Lunatic asylums Central Provinces reports 1886-1894 - 1886-1894
Year: 1886
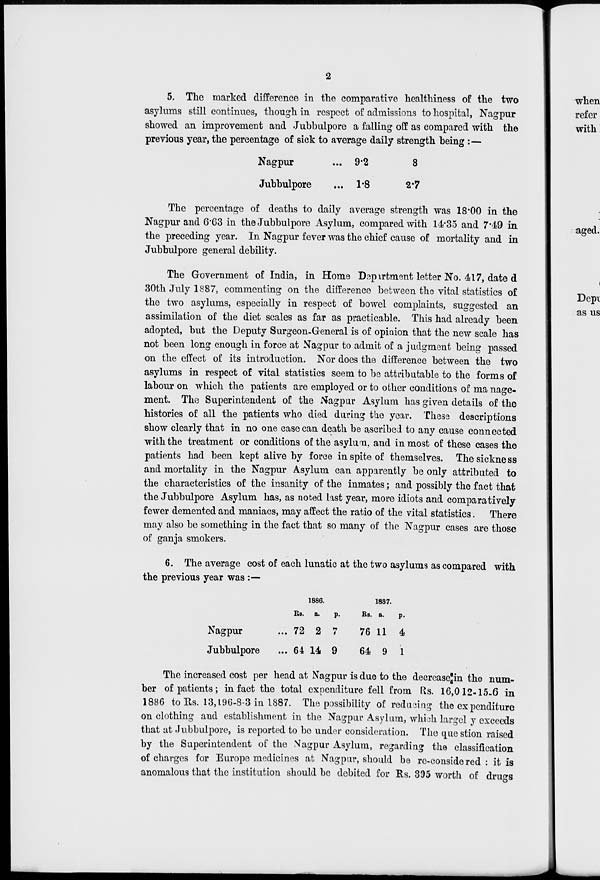
2
5. The marked difference in the comparative healthiness of the two
asylums still continues, though in respect of admissions to hospital, Nagpur
showed an improvement and Jubbulpore a falling off as compared with the
previous year, the percentage of sick to average daily strength being :—
Nagpur ...
Jubbulpore ...
9.2
1.8
8
2.7
The percentage of deaths to daily average strength was 18.00 in the
Nagpur and 6.63 in the Jubbulpore Asylum, compared with 14.35 and 7.49 in
the preceding year. In Nagpur fever was the chief cause of mortality and in
Jubbulpore general debility.
The Government of India, in Home Department letter No. 417, date d
30th July 1887, commenting on the difference between the vital statistics of
the two asylums, especially in respect of bowel complaints, suggested an
assimilation of the diet scales as far as practicable. This had already been
adopted, but the Deputy Surgeon-General is of opinion that the new scale has
not been long enough in force at Nagpur to admit of a judgment being passed
on the effect of its introduction. Nor does the difference between the two
asylums in respect of vital statistics seem to be attributable to the forms of
labour on which the patients are employed or to other conditions of manage¬
ment. The Superintendent of the Nagpur Asylum has given details of the
histories of all the patients who died during the year. These descriptions
show clearly that in no one case can death be ascribed to any cause connected
with the treatment or conditions of the asylum, and in most of these cases the
patients had been kept alive by force in spite of themselves. The sickness
and mortality in the Nagpur Asylum can apparently be only attributed to
the characteristics of the insanity of the inmates; and possibly the fact that
the Jubbulpore Asylum has, as noted last year, more idiots and comparatively
fewer demented and maniacs, may affect the ratio of the vital statistics. There
may also be something in the fact that so many of the Nagpur cases are those
of ganja smokers.
6. The average cost of each lunatic at the two asylums as compared with
the previous year was :—
Nagpur ...
Jubbulpore ...
1886.
Rs.
72
64
a.
2
14
p.
7
9
1887.
RS.
76
64
8.
11
9
p.
4
1
The increased cost per head at Nagpur is due to the decrease in the num-
ber of patients; in fact the total expenditure fell from Rs. 16,012-15-6 in
1886 to Rs. 13,196-8-3 in 1887. The possibility of reducing the expenditure
on clothing and establishment in the Nagpur Asylum, which largely exceeds
that at Jubbulpore, is reported to be under consideration. The question raised
by the Superintendent of the Nagpur Asylum, regarding the classification
of charges for Europe medicines at Nagpur, should be re-considered: it is
anomalous that the institution should be debited for Rs. 395 worth of drugs